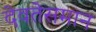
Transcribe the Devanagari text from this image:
देवतेसमान